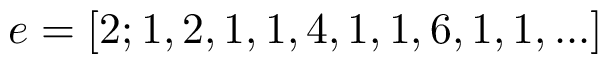
e = [ 2 ; 1 , 2 , 1 , 1 , 4 , 1 , 1 , 6 , 1 , 1 , . . . ]